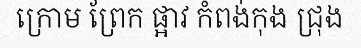
ក្រោម ព្រែក ផ្អាវ កំពង់កុង ជ្រុង